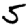
Digit: 5